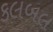
કલબલ